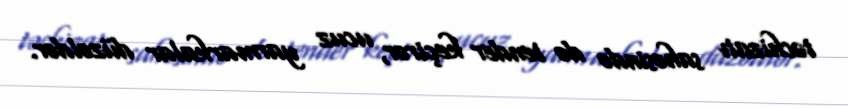
təchizatı sahəsində də tender keçirər, ucuz yarmarkalar düzəldər.